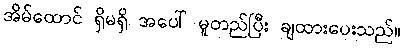
အိမ်ထောင် ရှိမရှိ အပေါ် မူတည်ပြီး ချထားပေးသည်။